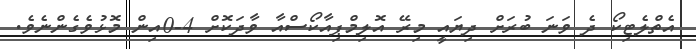
އެތްލެޓިކޯ ދެ ވަނަ ބުރަށް ދިޔައީ މިރޭ އޮލިމްޕިއާކޯސްއާ ވާދަކޮށް 4-0އިން މޮޅުވެގެންނެވެ.